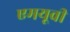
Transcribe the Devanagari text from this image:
एमयूवी